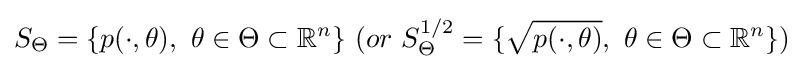
S_{\Theta }=\{p(\cdot ,\theta ),\ \theta \in \Theta \subset \mathbb {R} ^{n}\}\ (or\ S_{\Theta }^{1/2}=\{{\sqrt {p(\cdot ,\theta )}},\ \theta \in \Theta \subset \mathbb {R} ^{n}\})